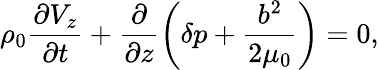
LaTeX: \rho_{0}\frac{\partial V_{z}}{\partial t}+\frac{\partial}{\partial z}\left(\delta p+\frac{b^{2}}{2\mu_{0}}\right)=0,